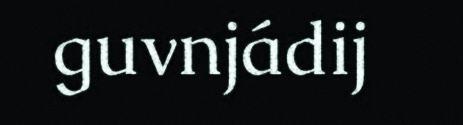
guvnjádij